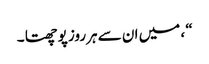
“ ، میں ان سے ہرروز پوچھتا ۔